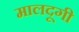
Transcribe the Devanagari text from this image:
मालदूगी